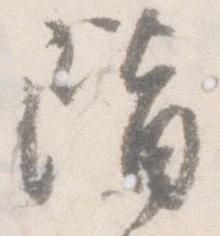
階